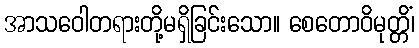
အာသဝေါတရားတို့မရှိခြင်းသော။ စေတောဝိမုတ္တိံ၊